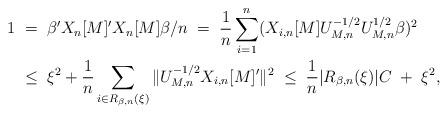
LaTeX: \begin{align*}1 \;&=\; \beta'X_n[M]'X_n[M]\beta/n \;=\; \frac{1}{n} \sum_{i=1}^n (X_{i,n}[M]U_{M,n}^{-1/2}U_{M,n}^{1/2}\beta)^2 \\&\le\; \xi^2 + \frac{1}{n} \sum_{i\in R_{\beta,n}(\xi)} \|U_{M,n}^{-1/2}X_{i,n}[M]'\|^2\;\le\;\frac{1}{n} |R_{\beta,n}(\xi)| C \;+\; \xi^2,\end{align*}